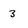
Character: 3